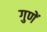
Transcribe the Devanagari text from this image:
गुणें